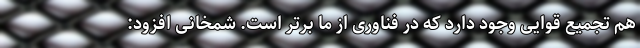
هم تجمیع قوایی وجود دارد که در فناوری از ما برتر است. شمخانی افزود: